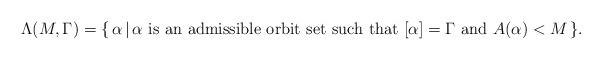
LaTeX: \begin{align*} \Lambda(M,\Gamma)=\{\,\alpha\,|\,\alpha\,\,\mathrm{is\,\,an\,\,admissible\,\,orbit\,\,set\,\,such\,\,that\,\,}[\alpha]=\Gamma \mathrm{\,\,and}\,\,A(\alpha)<M\,\}.\end{align*}